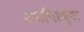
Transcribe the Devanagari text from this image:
पायगिरण्या